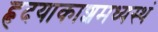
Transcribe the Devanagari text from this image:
हृदयाकाशमध्यस्थं